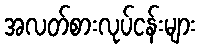
အလတ်စားလုပ်ငန်းများ